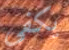
يكفى